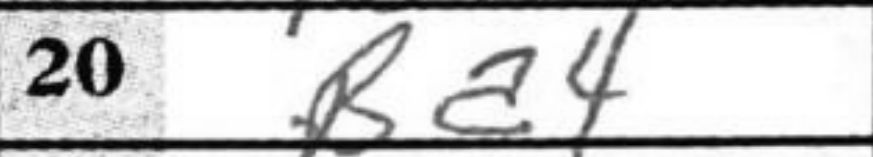
Transcription: Ba4